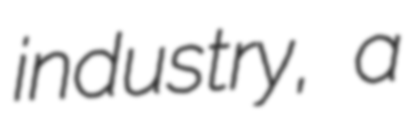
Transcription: industry, a